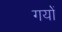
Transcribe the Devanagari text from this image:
गयों